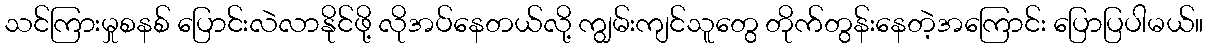
သင်ကြားမှုစနစ် ပြောင်းလဲလာနိုင်ဖို့ လိုအပ်နေတယ်လို့ ကျွမ်းကျင်သူတွေ တိုက်တွန်းနေတဲ့အကြောင်း ပြောပြပါမယ်။